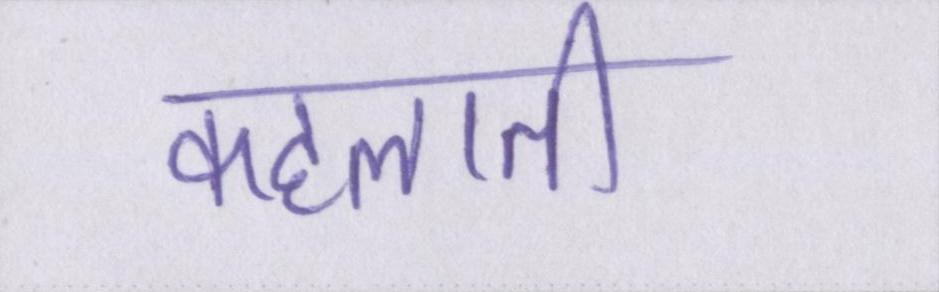
कहलाती